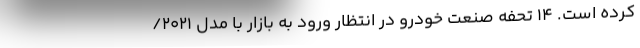
کرده است. 14 تحفه صنعت خودرو در انتظار ورود به بازار با مدل 2021/